Scientific memoirs by medical officers of the Army of India - Part IX,
Year: 1895
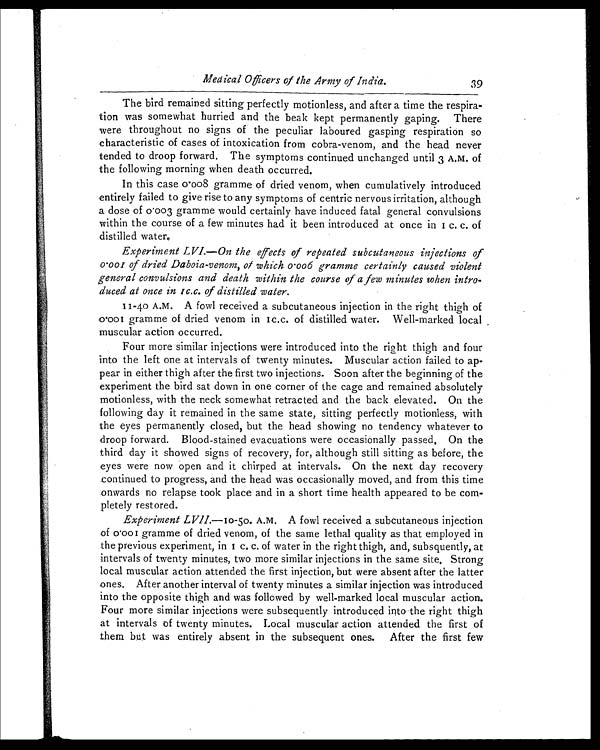
Medical Officers of the Army of India.
39
The bird remained sitting perfectly motionless, and after a time the respira-
tion was somewhat hurried and the beak kept permanently gaping. There
were throughout no signs of the peculiar laboured gasping respiration so
characteristic of cases of intoxication from cobra-venom, and the head never
tended to droop forward. The symptoms continued unchanged until 3 A.M. of
the following morning when death occurred.
In this case 0.008 gramme of dried venom, when cumulatively introduced
entirely failed to give rise to any symptoms of centric nervous irritation, although
a dose of 0.003 gramme would certainly have induced fatal general convulsions
within the course of a few minutes had it been introduced at once in 1 c. c. of
distilled water.
Experiment LVI.—On the effects of repeated subcutaneous injections of
0.001 of dried Daboia-venom, of which woo6 gramme certainly caused violent
general convulsions and death within the course of aim minutes when intro-
duced at once in c.c. of distilled water.
11-40 A.M. A fowl received a subcutaneous injection in the right thigh of
0.001 gramme of dried venom in 1 c.c. of distilled water. Well-marked local ,
muscular action occurred.
Four more similar injections were introduced into the right thigh and four
into the left one at intervals of twenty minutes. Muscular action failed to ap-
pear in either thigh after the first two injections. Soon after the beginning of the
experiment the bird sat down in one corner of the cage and remained absolutely
motionless, with the neck somewhat retracted and the back elevated. On the
following day it remained in the same state, sitting perfectly motionless, with
the eyes permanently closed, but the head showing no tendency whatever to
droop forward. Blood-stained evacuations were occasionally passed. On the
third day it showed signs of recovery, for, although still sitting as before, the
eyes were now open and it chirped at intervals. On the next day recovery
continued to progress, and the head was occasionally moved, and from this time
onwards no relapse took place and in a short time health appeared to be com-
pletely restored.
Experiment LVII.—10-50. A.M. A fowl received a subcutaneous injection
of 0.001 gramme of dried venom, of the same lethal quality as that employed in
t he previ ous experi ment , i n 1 c. c. of wat er i n t he ri ght t hi gh, and, subsquent l y, at
intervals of twenty minutes, two more similar injections in the same site, Strong
local muscular action attended the first injection, but were absent after the latter
ones. After another interval of twenty minutes a similar injection was introduced
into the opposite thigh and was followed by well-marked local muscular action.
Four more similar injections were subsequently introduced into the right thigh
at intervals of twenty minutes. Local muscular action attended the first of
them but was entirely absent in the subsequent ones. After the first few